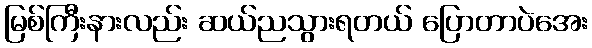
မြစ်ကြီးနားလည်း ဆယ်ညသွားရတယ် ပြောတာပဲအေး